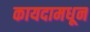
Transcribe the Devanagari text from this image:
कायदामधून